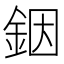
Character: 銦